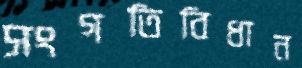
সংগতিবিধান